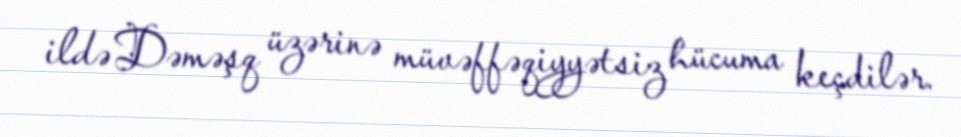
ildə Dəməşq üzərinə müvəffəqiyyətsiz hücuma keçdilər.